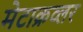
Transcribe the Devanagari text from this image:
मेटाक्रव्लर